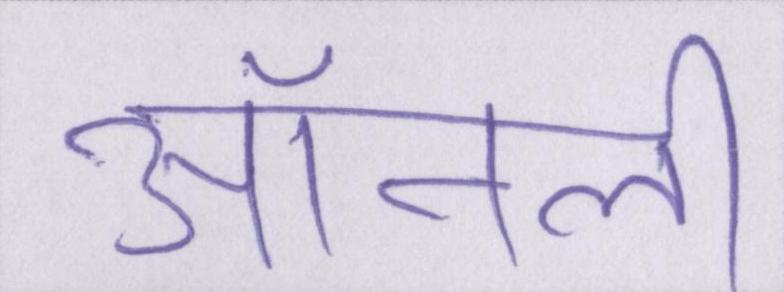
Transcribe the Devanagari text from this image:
ऑनली